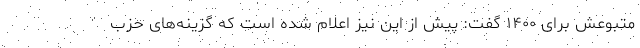
متبوعش برای ۱۴۰۰ گفت: پیش از این نیز اعلام شده است که گزینه‌های حزب